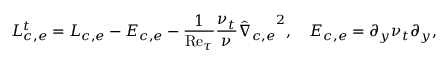
\boldsymbol { L _ { c , e } ^ { t } } = \boldsymbol { L _ { c , e } } - \boldsymbol { E _ { c , e } } - \frac { 1 } { \mathrm { R e } _ { \tau } } \frac { \nu _ { t } } { \nu } \boldsymbol { \hat { \nabla } _ { c , e } } ^ { 2 } , \quad \boldsymbol { E _ { c , e } } = \boldsymbol { \partial _ { y } \nu _ { t } \partial _ { y } } ,